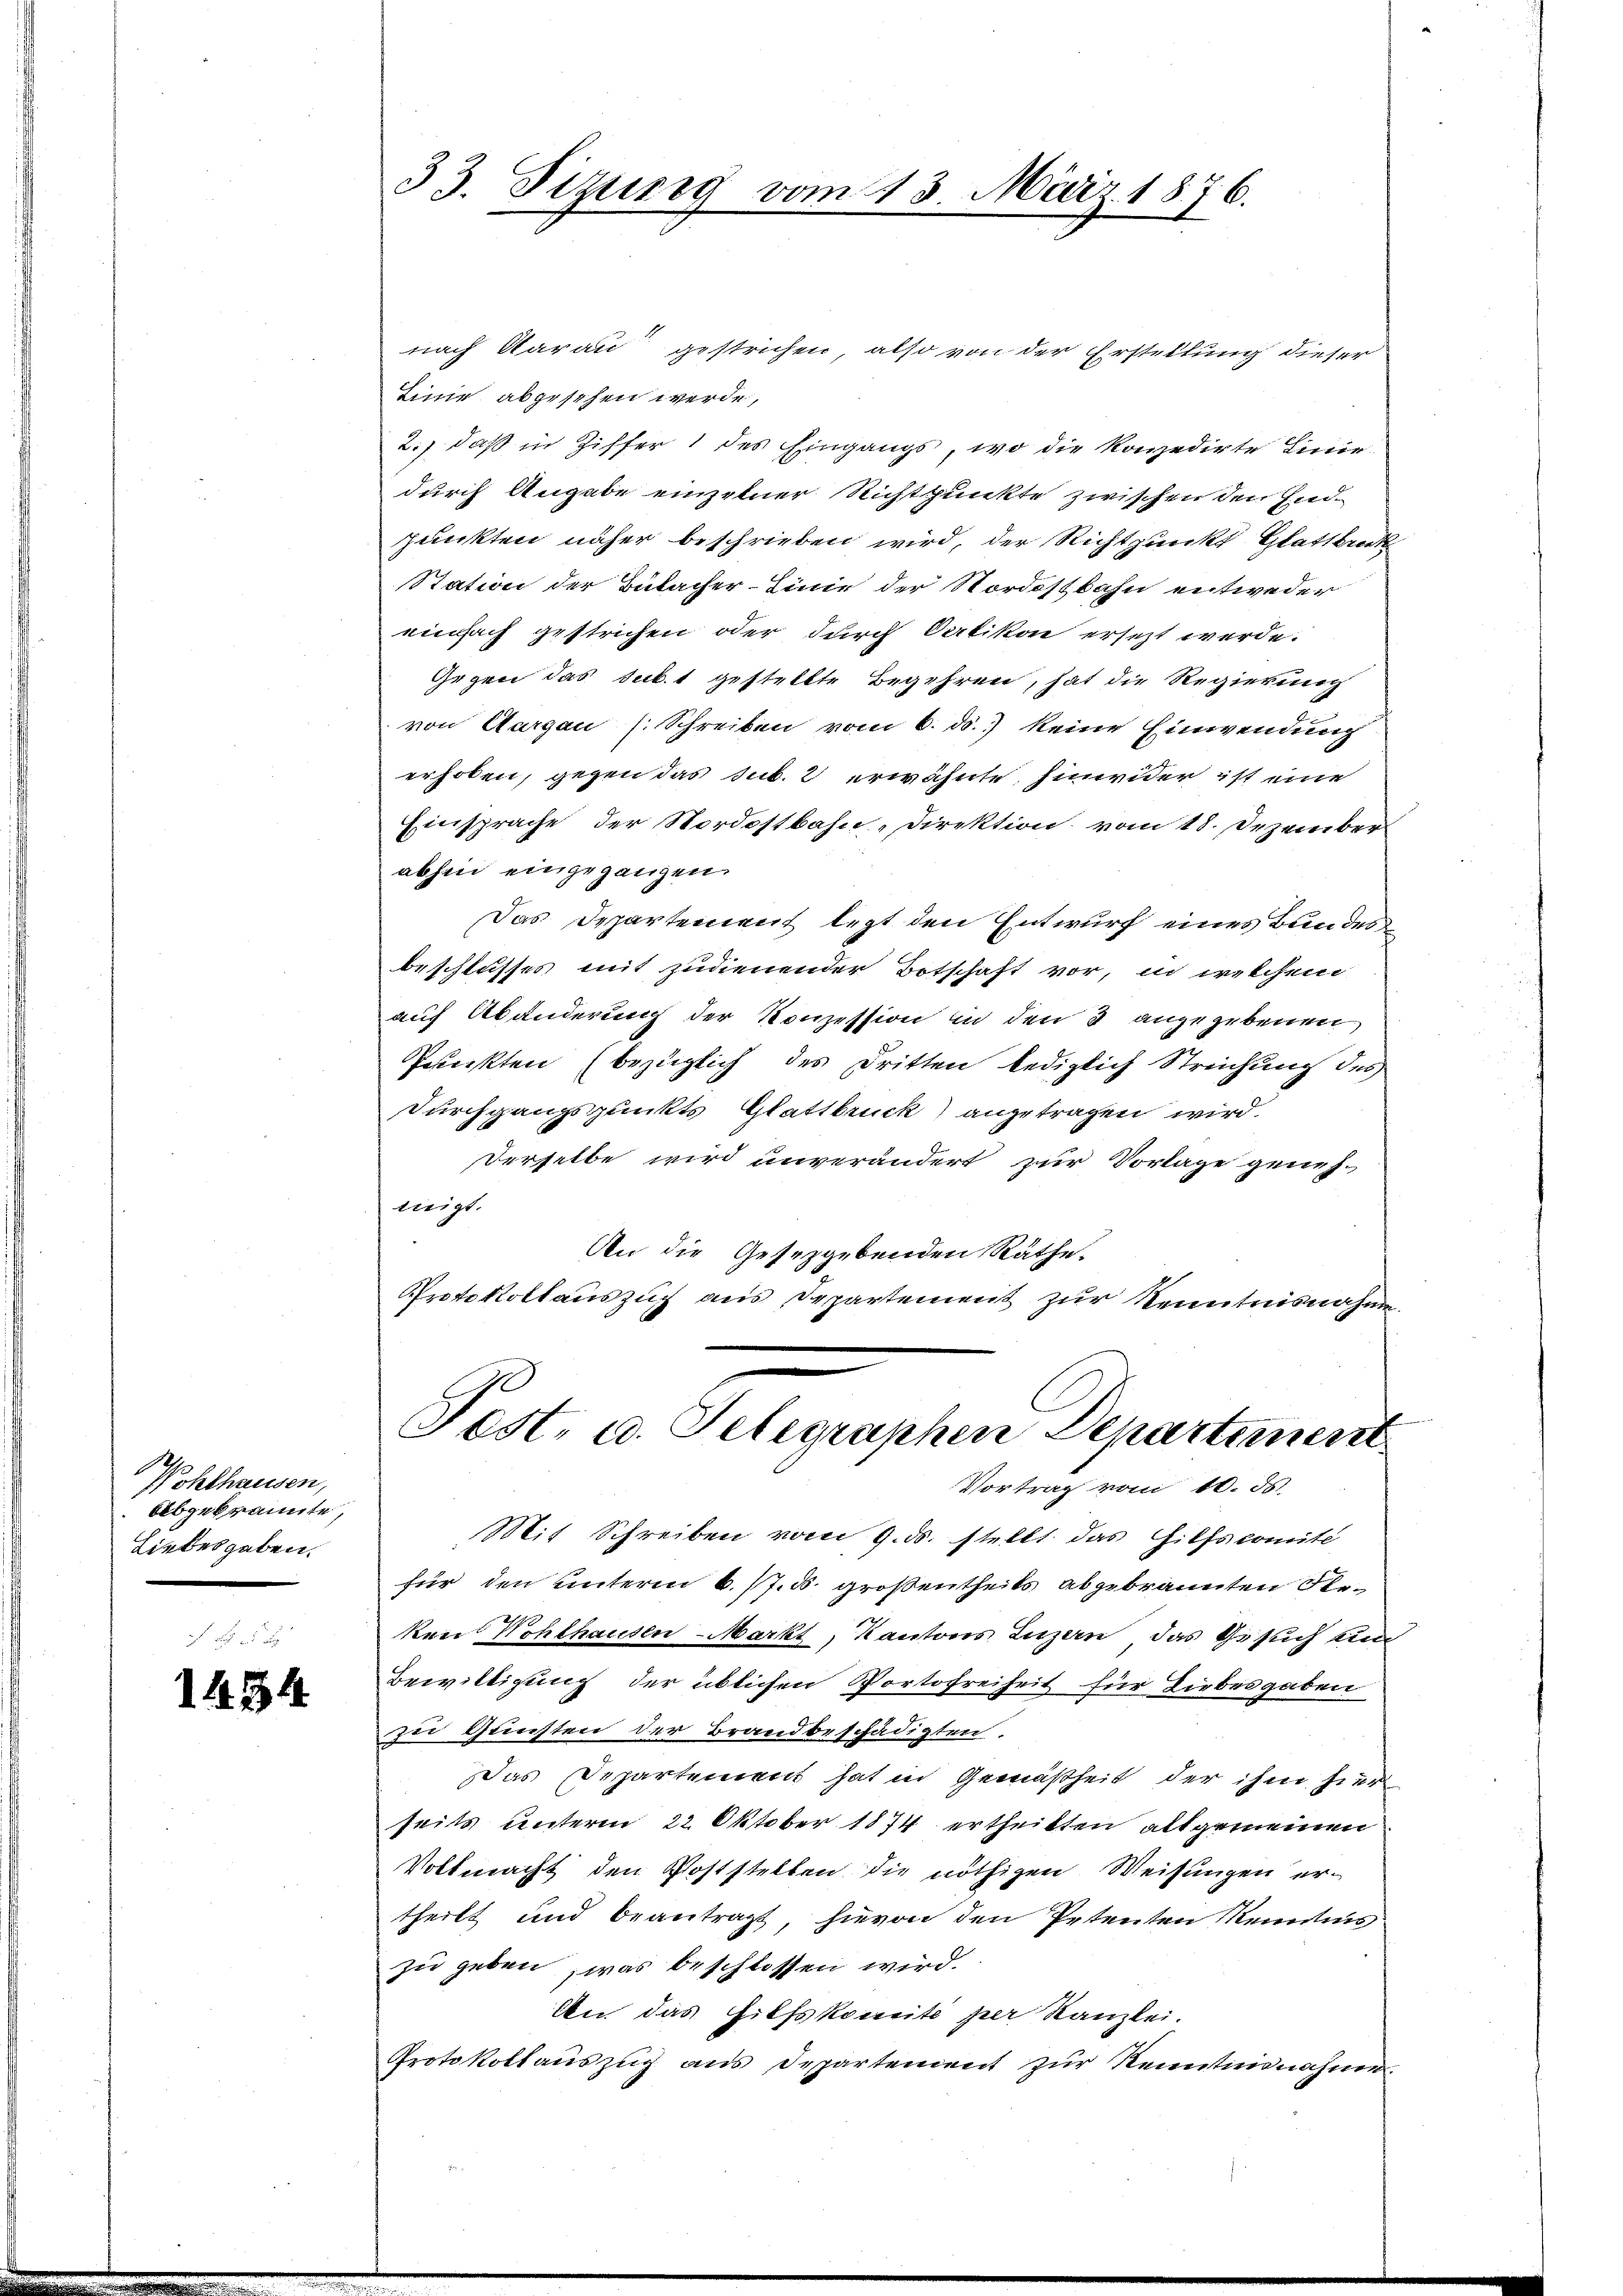
M.
ohthausen,
abgebrannte,
Liebesgaben.

1434

nach darau gestrichen, also von der Erstellung dieser
Linie abgesehen werde,
2.) daß in Ziffer 1 des Eingangs, wo die konzedirte Linie
durch Angabe einzelner Richtpunkte zwischen den Endpunkten näher beschrieben wird, der Richtpunkt Glattbrück
Station der Bülacher-Linie der Nordostbahn entweder
einfach gestrichen oder durch Oetikon ersezt werde.
Gegen das subt gestellte Begehren, hat die Regierung
von Aargau (Schreiben vom 6. ds. keine Einwendung
erhoben, gegen das sub. 2 erwähnte, hinwider ist eine
Einsprache der Nordostbahn, Direktion vom 18. Dezember
abhin eingegangen
Das Departement legt den Entwurf eines Bundesbeschlusses mit zudienender Botschaft vor, in welchem
auf Abänderung der Konzession in den 3 angegebenen
Prakten (bezüglich des Dritten lediglich Streichung des
Durchgangspunkts Glattbruck) angetragen wird.
Derselbe wird unverändert zur Vorlage genehmigt.
An die Gesetzgebenden Räthe.
Protokollauszug aus Departement zur Kenntnisnahme

33. Tizung vom 13. März 1876.

Fest. u. Telegraphen Departement
Vortrag vom 10. ds.

Mit Schreiben vom 9. ds. stellt das Hilfscomité
für den unterm 6. 17. d. großentheils abgebrannten Reken Wohlhausen-Markt, Kantons Luzern, das Gesuch ein¬
Bewittigung der üblichen Portofreiheit für Liebesgaben
zu Gunsten der Brandbeschädigten.
Das Departement hat in Gemäßheit der ihm hier
seits unterm 22. Oktober 1874 ertheilten allgemeinen
Vollmacht den Poststellen die nöthigen Weisungen ertheilt und beantragt, hievon den Petenten Kenntnis
zu geben, was beschlossen wird.
An das Hilfskomité per Kanzlei.
Protokollauszug aus Departement zur Kenntnisnahme